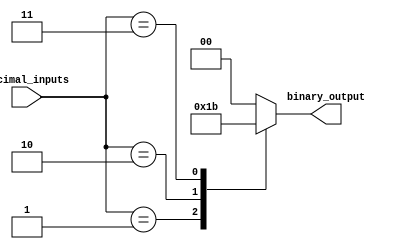
module decimal_priority_encoder(
    input [3:0] decimal_inputs,
    output reg[1:0] binary_output
);

always @ (*) begin
    case(decimal_inputs)
        4'd0: binary_output = 2'b00;
        4'd1: binary_output = 2'b01;
        4'd2: binary_output = 2'b10;
        4'd3: binary_output = 2'b11;
        default: binary_output = 2'b00;
    endcase
end

endmodule